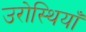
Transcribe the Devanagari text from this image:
उरोस्थियाँ